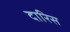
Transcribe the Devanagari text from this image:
दारिस